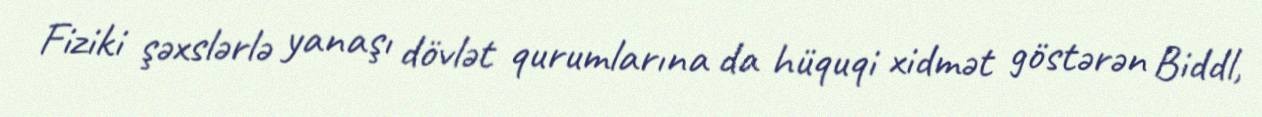
Fiziki şəxslərlə yanaşı dövlət qurumlarına da hüquqi xidmət göstərən Biddl,